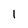
Character: 1